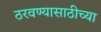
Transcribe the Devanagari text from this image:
ठरवण्यासाठीच्या